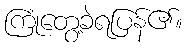
ကြုံတွေ့ခဲရပြန်၏။